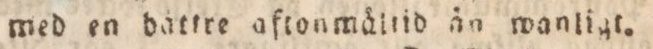
med en dattre aftonmåltid ån wanligt.